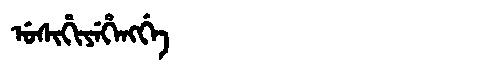
Manchu: ᡠᠰᡳᡥᡳᠶᡝᡥᡝᠩᡤᡝ
Romanization: USIHIYEHENGGE